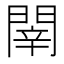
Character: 𨴲